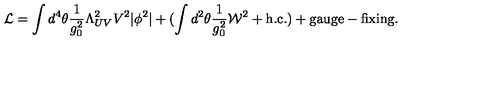
{ \cal L } = \int d ^ { 4 } \theta \frac { 1 } { g _ { 0 } ^ { 2 } } \Lambda _ { U V } ^ { 2 } V ^ { 2 } | \phi ^ { 2 } | + ( \int d ^ { 2 } \theta \frac { 1 } { g _ { 0 } ^ { 2 } } { \cal W } ^ { 2 } + \mathrm { h . c . } ) + \mathrm { g a u g e - f i x i n g } .